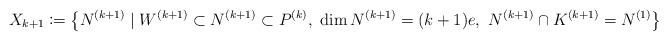
LaTeX: \begin{align*} X_{k+1}\coloneqq \left\{N^{(k+1)}\mid W^{(k+1)}\subset N^{(k+1)} \subset P^{(k)},\ \dim N^{(k+1)} = (k+1)e,\ N^{(k+1)}\cap K^{(k+1)} = N^{(1)} \right\}\end{align*}